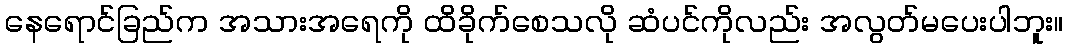
နေရောင်ခြည်က အသားအရေကို ထိခိုက်စေသလို ဆံပင်ကိုလည်း အလွတ်မပေးပါဘူး။